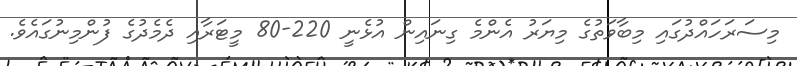
މިސަރަހައްދުގައި މިބާވަތުގެ މިޔަރު އެންމެ ގިނައިން އުޅެނީ 220-80 މީޓަރާއި ދެމެދުގެ ފުންމިނުގައެވެ.